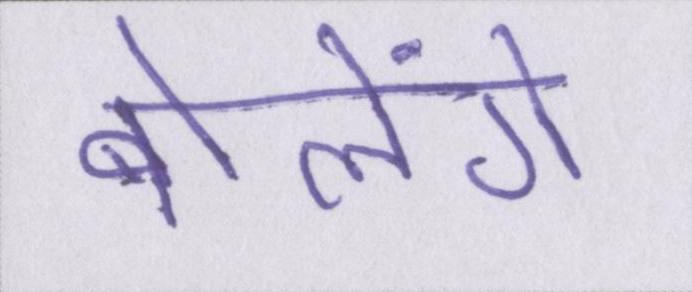
बोलेंगे